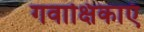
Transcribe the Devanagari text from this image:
गवाक्षिकाएँ